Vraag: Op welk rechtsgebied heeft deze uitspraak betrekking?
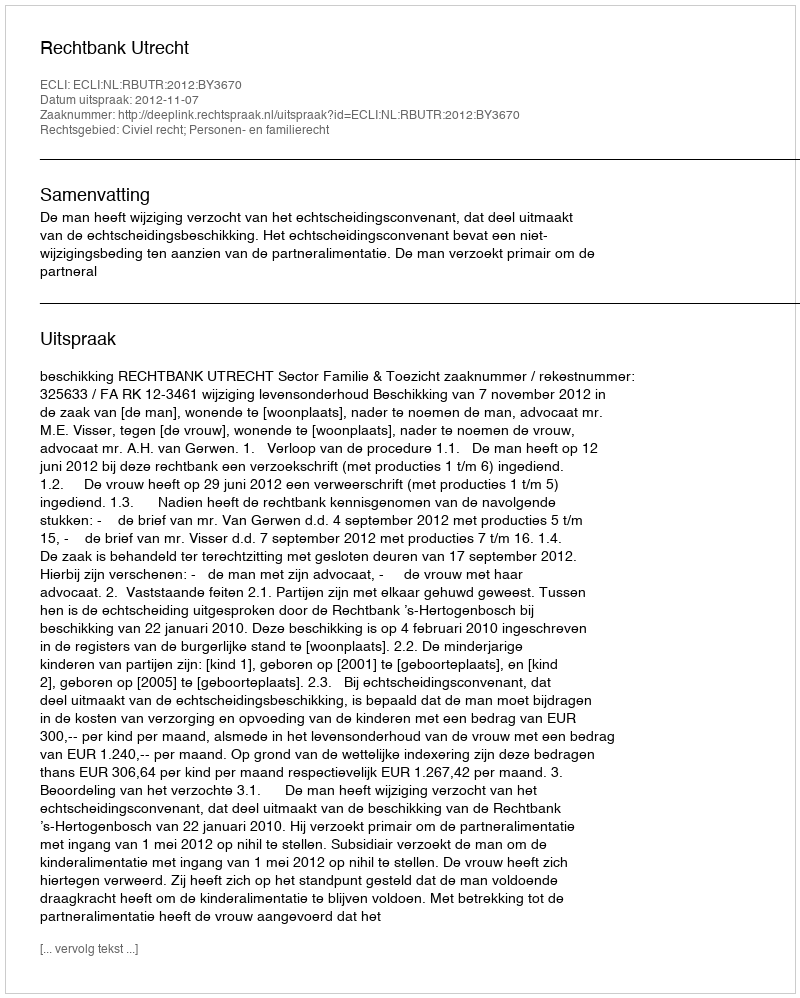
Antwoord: Civiel recht; Personen- en familierecht